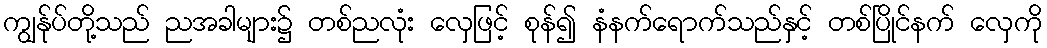
ကျွန်ုပ်တို့သည် ညအခါများ၌ တစ်ညလုံး လှေဖြင့် စုန်၍ နံနက်ရောက်သည်နှင့် တစ်ပြိုင်နက် လှေကို